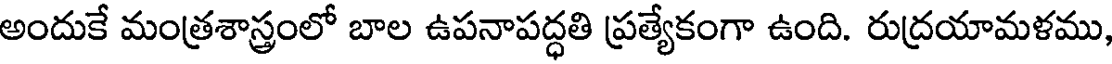
అందుకే మంత్రశాస్త్రంలో బాల ఉపనాపద్ధతి ప్రత్యేకంగా ఉంది. రుద్రయామళము,